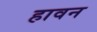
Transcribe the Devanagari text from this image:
हावन